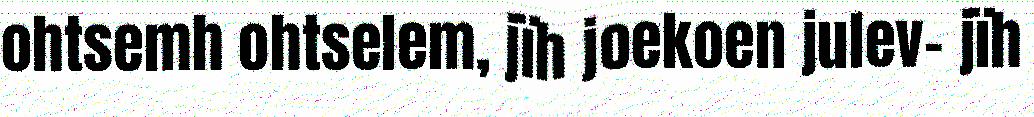
ohtsemh ohtselem, jïh joekoen julev- jïh